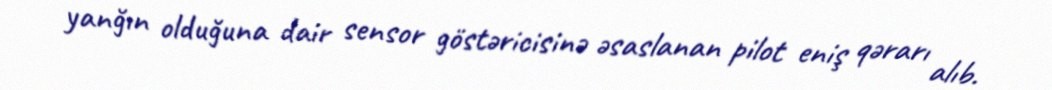
yanğın olduğuna dair sensor göstəricisinə əsaslanan pilot eniş qərarı alıb.